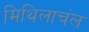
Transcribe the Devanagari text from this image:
मिथिलाचंल